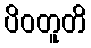
ပိဝတူတိ